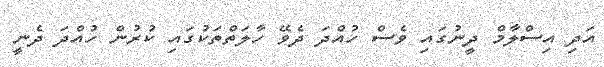
އަދި އިސްލާމް ދީނުގައި ވެސް ހުއްދަ ދެވޭ ހާލަތްތަކުގައި ކުރުން ހުއްދަ ދެނީ